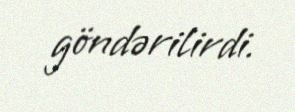
göndərilirdi.